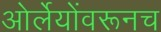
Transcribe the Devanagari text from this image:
ओर्लेयोंवरूनच